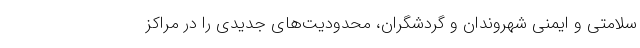
سلامتی و ایمنی شهروندان و گردشگران، محدودیت‌های جدیدی را در مراکز